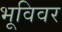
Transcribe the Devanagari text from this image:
भूविवर